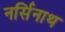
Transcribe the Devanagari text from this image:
नर्सिनाथ